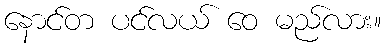
နောင်တ ပင်လယ် ဝေ မည်လား။